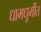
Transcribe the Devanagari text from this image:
धामधूमीत